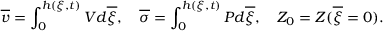
\overline { { v } } = \int _ { 0 } ^ { h ( \xi , t ) } V d \overline { { \xi } } , \quad \overline { { \sigma } } = \int _ { 0 } ^ { h ( \xi , t ) } P d \overline { { \xi } } , \quad Z _ { 0 } = Z ( \overline { { \xi } } = 0 ) .